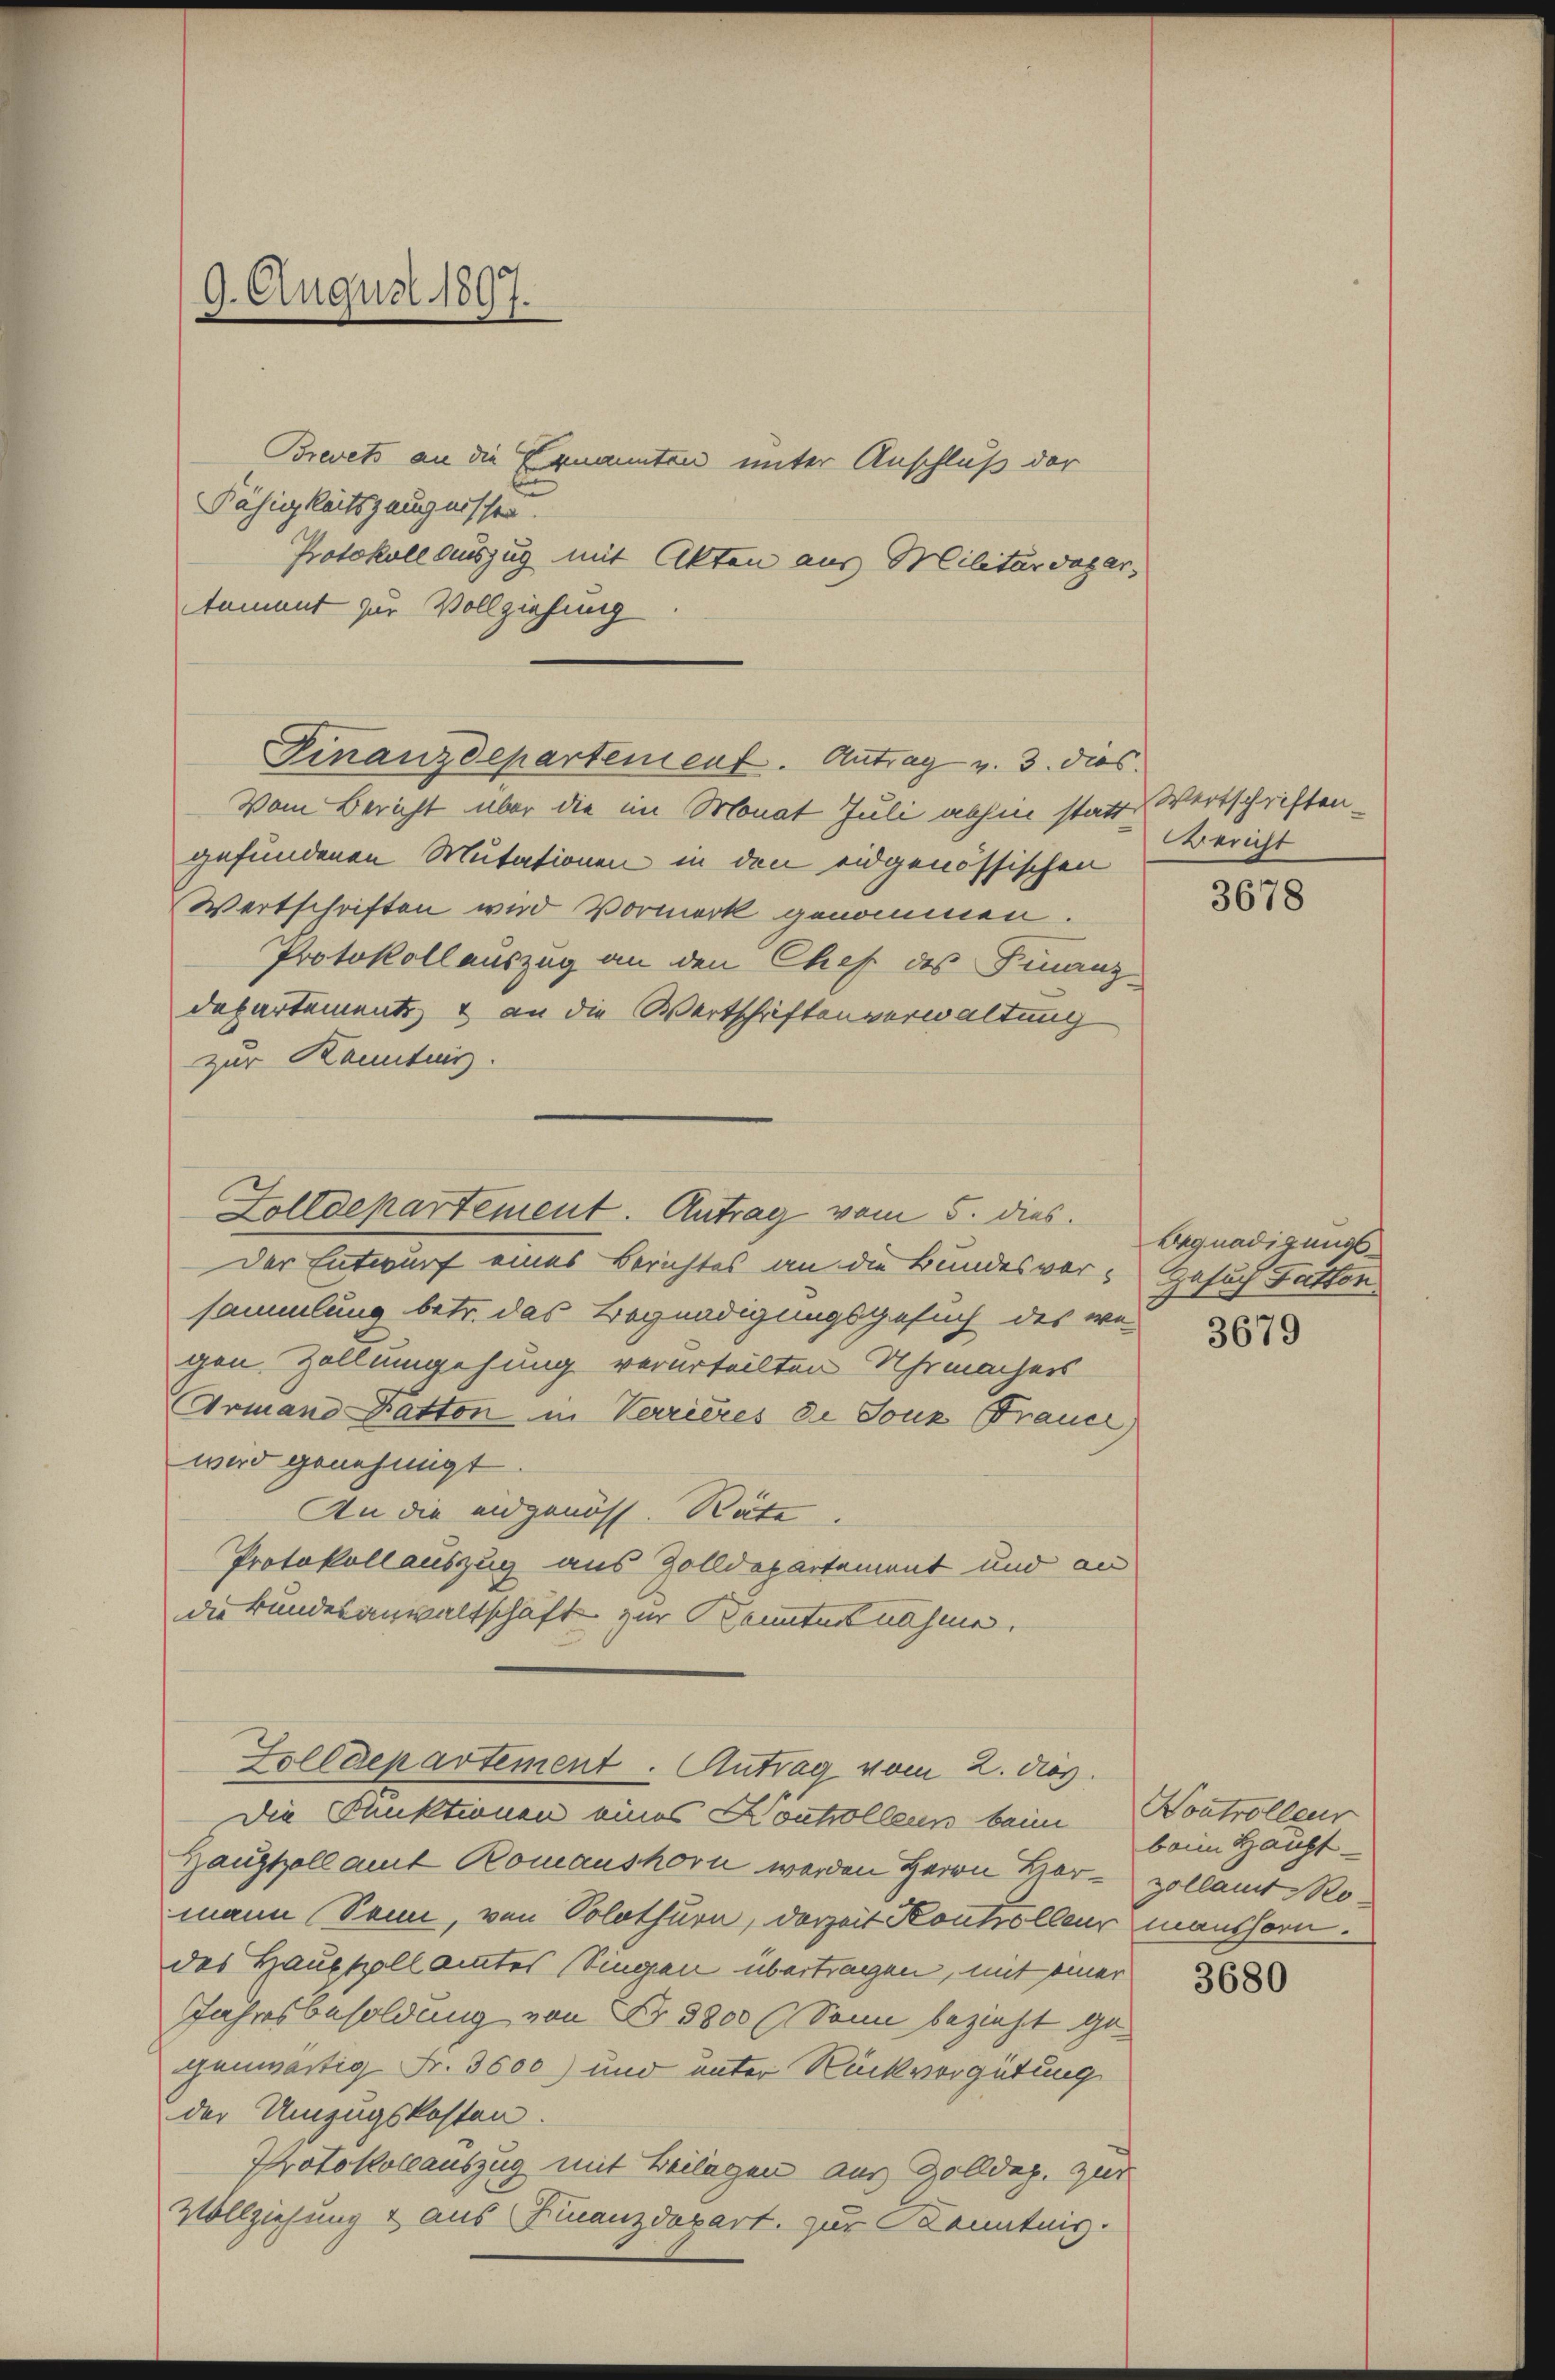
9. August 1897.

Brevets an die Ernannten unter Anschluß der
Fähigkeitszeugnissen.
Protokoll auszug mit Akten aus Militärdegar,
tament zur Vollziehung

Finanzdepartement. Antrag v. 3. dies

Vom Bericht über die im Monat Juli abhin statt Wertschriftengefundenen Mutationen in den eidgenössischen
Wertschriften wird Vormerk genommen.
Protokollauszug an den Chef des Finanz-
departemente & an die Wertschriftenverwaltung
zur Kenntnis.
Der Entwurf eines Berichtes an die Bundesver- Gesuch Fatton
sammlung betr. das Begnadigungsgesuch des wo
gen. Zollumgehung verurteilten Uhrmachers
Armand Datton in Verrieres de Sonz Frauer
wird genehmigt
An die eidgenöss. Räte.
Protokollauszug aus Zolldepartement und an
die Bundesanwaltschaft zur Kenntnisnahme.
Folddepartement. Antrag vom 2. dies.
Die Funktionen eines Kontollen beim
Hauptzollamt Romanshorn werden Herrn Hermann Senn, von Solothurn, derzeit Kontrolleur manshorn.
des Hauptpollamtes Singen übertragen, mit einer
Jahresbesoldung von Nr. 3800 (Sann bezieht gegenwärtig Fr. 3600) und unter Rückvergütung
der Umzugskosten.
Protokollauszug mit Beilagen aus Zolldep. zur
Vollziehung & aus Finanzdepart, zur Kenntnis.

Folldepartement. Antrag vom 5. dies

Bericht

3678

Begnadigungs¬

3679

Nontrolleur
beim Haupt-
zollamt Ro¬

3680